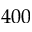
4 0 0